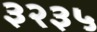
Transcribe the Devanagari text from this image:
३२३५